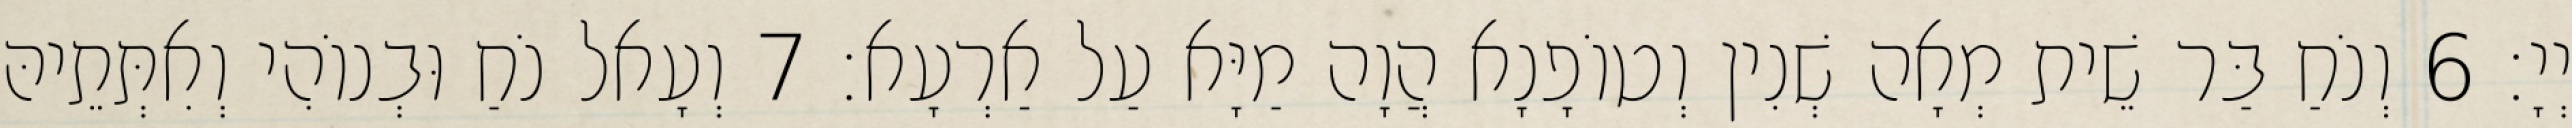
יְיָ׃ 6 וְנֹחַ בַּר שֵׁית מְאָה שְׁנִין וְטוֹפָנָא הֲוָה מַיָּא עַל אַרְעָא׃ 7 וְעָאל נֹחַ וּבְנוֹהִי וְאִתְּתֵיהּ